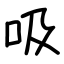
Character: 吸